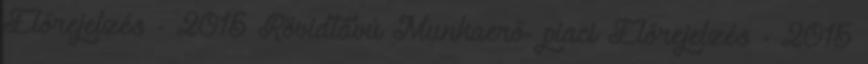
Előrejelzés - 2015 Rövidtávú Munkaerő- piaci Előrejelzés - 2015